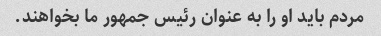
مردم باید او را به عنوان رئیس جمهور ما بخواهند.